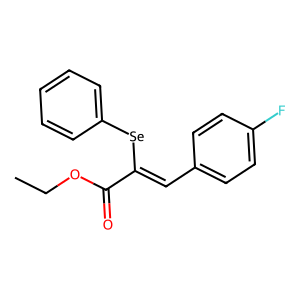
SMILES: CCOC(=O)C(=Cc1ccc(F)cc1)[Se]c1ccccc1
Inhibits HIV replication: No